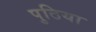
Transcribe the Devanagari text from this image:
पुठिया